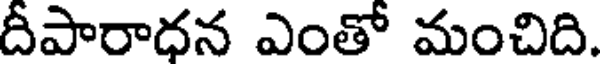
దీపారాధన ఎంతో మంచిది.